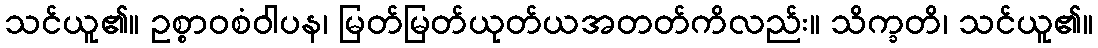
သင်ယူ၏။ ဥစ္စာဝစံဝါပန၊ မြတ်မြတ်ယုတ်ယအတတ်ကိလည်း။ သိက္ခတိ၊ သင်ယူ၏။